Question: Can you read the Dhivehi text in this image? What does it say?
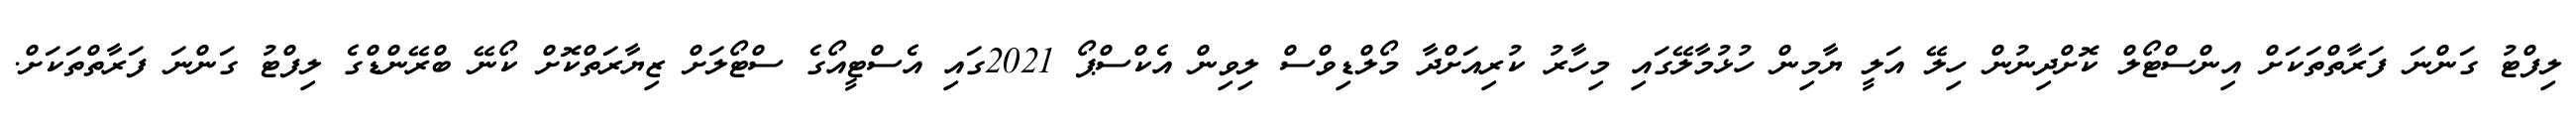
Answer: ލިފްޓު ގަންނަ ފަރާތްތަކަށް އިންސްޓޯލް ކޮށްދިނުން ހިލޭ އަލީ ޔާމިން ހުޅުމާލޭގައި މިހާރު ކުރިއަށްދާ މޯލްޑިވްސް ލިވިން އެކްސްޕޯ 2021ގައި އެސްޓީއޯގެ ސްޓޯލަށް ޒިޔާރަތްކޮށް ކޯނޭ ބްރޭންޑްގެ ލިފްޓު ގަންނަ ފަރާތްތަކަށް.